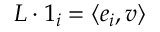
\boldsymbol { L } \boldsymbol { \cdot } \boldsymbol { 1 } _ { i } = \langle \boldsymbol { e } _ { i } , \boldsymbol { v } \rangle